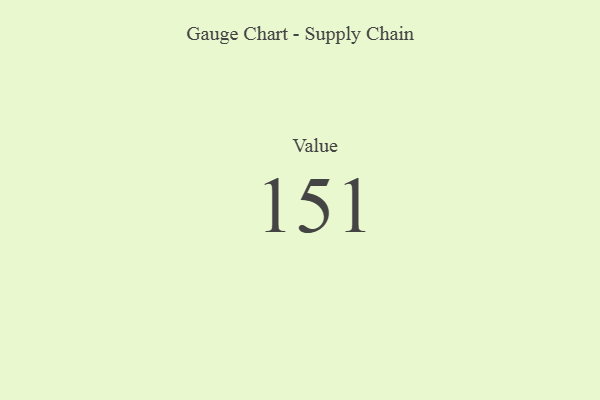
{"axis": {"x": "Metric", "y": "Value"}, "legend": [""], "data": [{"x": "Value", "y": 151, "type": ""}]}